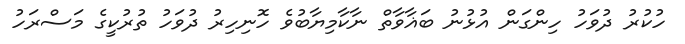
ހުކުރު ދުވަހު ހިންގަން އުޅުނު ބަޣާވާތް ނާކާމިޔާބުވެ ހޮނިހިރު ދުވަހު ތުރުކީގެ މަސްރަހު